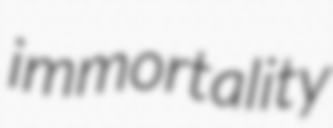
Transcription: immortality